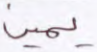
يمين